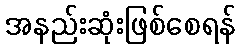
အနည်းဆုံးဖြစ်စေရန်